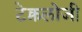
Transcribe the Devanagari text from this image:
टेक्नलोजी